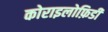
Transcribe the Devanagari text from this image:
कोराइलोफ़िडी